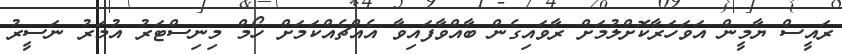
ރައީސް ޔާމީން އަވަހަރާކޮށްލުމަށް ރާވައިގެން ބާއްވާފައިވާ އެއްޗެއްކަމަށް ހޯމް މިނިސްޓަރު އުމަރު ނަސީރު